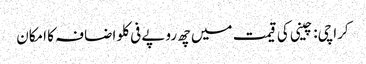
کراچی: چینی کی قیمت میں چھ روپے فی کلو اضافہ کا امکان